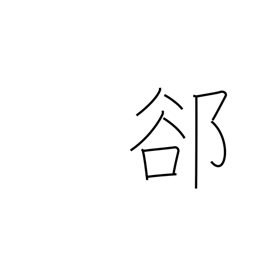
Meaning: interstice